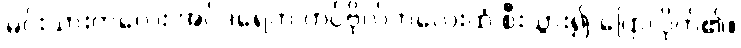
မင်းသားကလေး အင်ဒရေက တပ်ဗိုလ်ကလေးထံ စီးသွား၍ ပြောလိုက်၏။